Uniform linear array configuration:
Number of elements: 64
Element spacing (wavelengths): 0.75
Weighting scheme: binomial
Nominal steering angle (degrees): -45
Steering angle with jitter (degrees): -46.513
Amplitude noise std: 0.05
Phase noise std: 0.05

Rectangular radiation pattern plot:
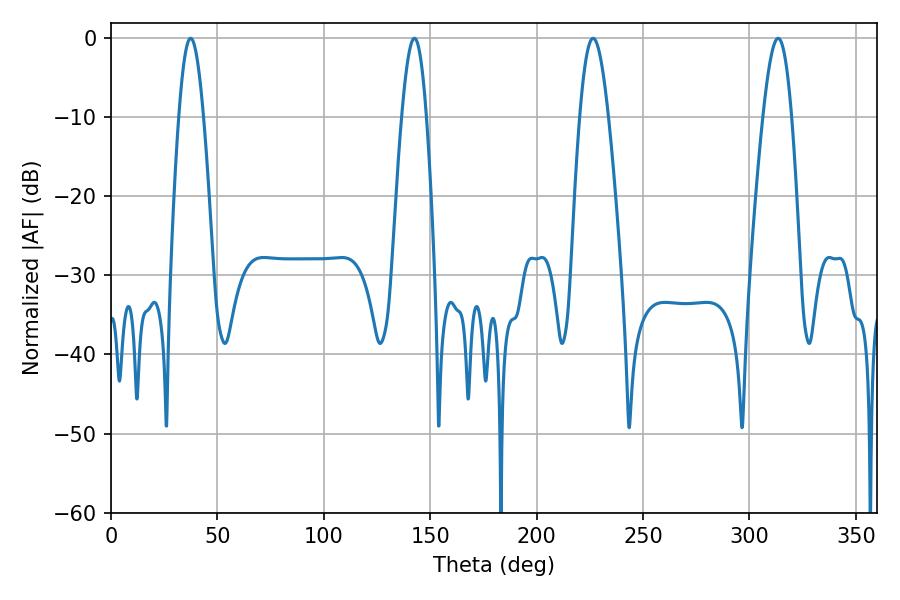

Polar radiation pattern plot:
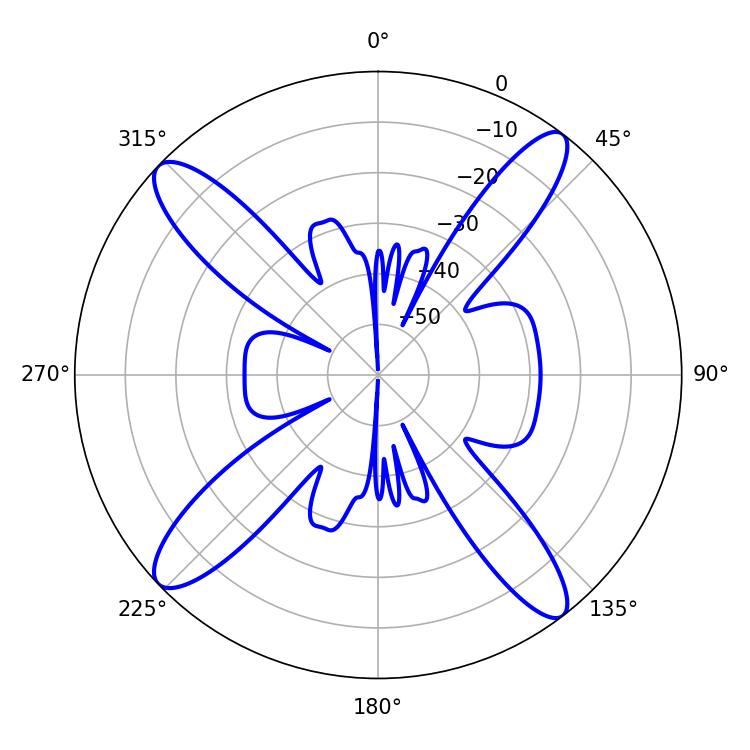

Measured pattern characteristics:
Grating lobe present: TRUE
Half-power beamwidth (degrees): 6.3
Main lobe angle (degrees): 37.44